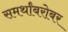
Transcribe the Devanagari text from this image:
समर्थांबरोबर